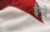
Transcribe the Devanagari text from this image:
ई॰में